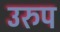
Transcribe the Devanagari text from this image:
उरुप